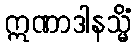
ဣဏာဒါနသ္မိံ